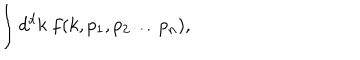
\int d ^ { d } k \ f ( k , p _ { 1 } , p _ { 2 } \ldots p _ { n } ) ,